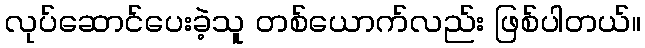
လုပ်ဆောင်ပေးခဲ့သူ တစ်ယောက်လည်း ဖြစ်ပါတယ်။